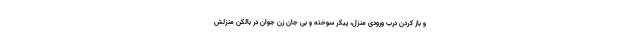
و باز کردن درب ورودی منزل، پیکر سوخته و بی جان زن جوان در بالکن منزلش